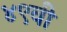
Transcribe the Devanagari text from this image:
४९वी